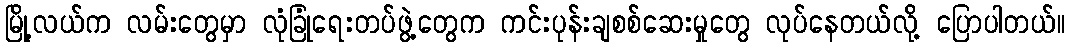
မြို့လယ်က လမ်းတွေမှာ လုံခြုံရေးတပ်ဖွဲ့တွေက ကင်းပုန်းချစစ်ဆေးမှုတွေ လုပ်နေတယ်လို့ ပြောပါတယ်။